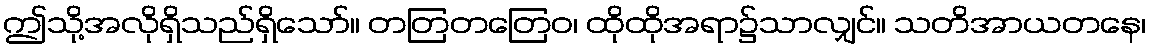
ဤသို့အလိုရှိသည်ရှိသော်။ တတြတတြေဝ၊ ထိုထိုအရာ၌သာလျှင်။ သတိအာယတနေ၊